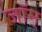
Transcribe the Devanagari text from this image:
जॉन्